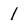
Character: 1